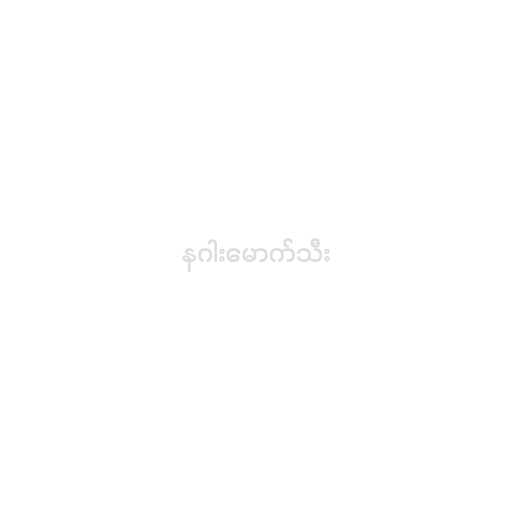
နဂါးမောက်သီး